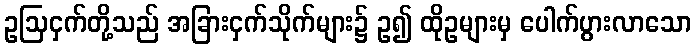
ဥဩငှက်တို့သည် အခြားငှက်သိုက်များ၌ ဥ၍ ထိုဥများမှ ပေါက်ပွားလာသော